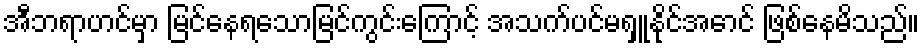
အီဘရာဟင်မှာ မြင်နေရသောမြင်ကွင်းကြောင့် အသက်ပင်မရှူနိုင်အောင် ဖြစ်နေမိသည်။